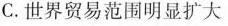
C.世界贸易范围明显扩大